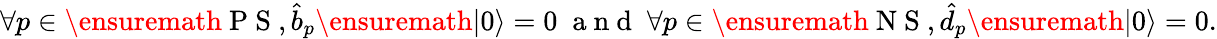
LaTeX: \begin{array}{r}{\forall p\in\ensuremath{\mathrm{~P~S~}},\hat{b}_{p}\ensuremath{\vert 0\rangle}=0\; \mathrm{~a~n~d~}\; \forall p\in\ensuremath{\mathrm{~N~S~}},\hat{d}_{p}\ensuremath{\vert 0\rangle}=0.}\end{array}